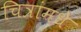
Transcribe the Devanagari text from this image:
चित्रांमधे